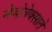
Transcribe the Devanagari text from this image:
मेथोत्रेक्साते